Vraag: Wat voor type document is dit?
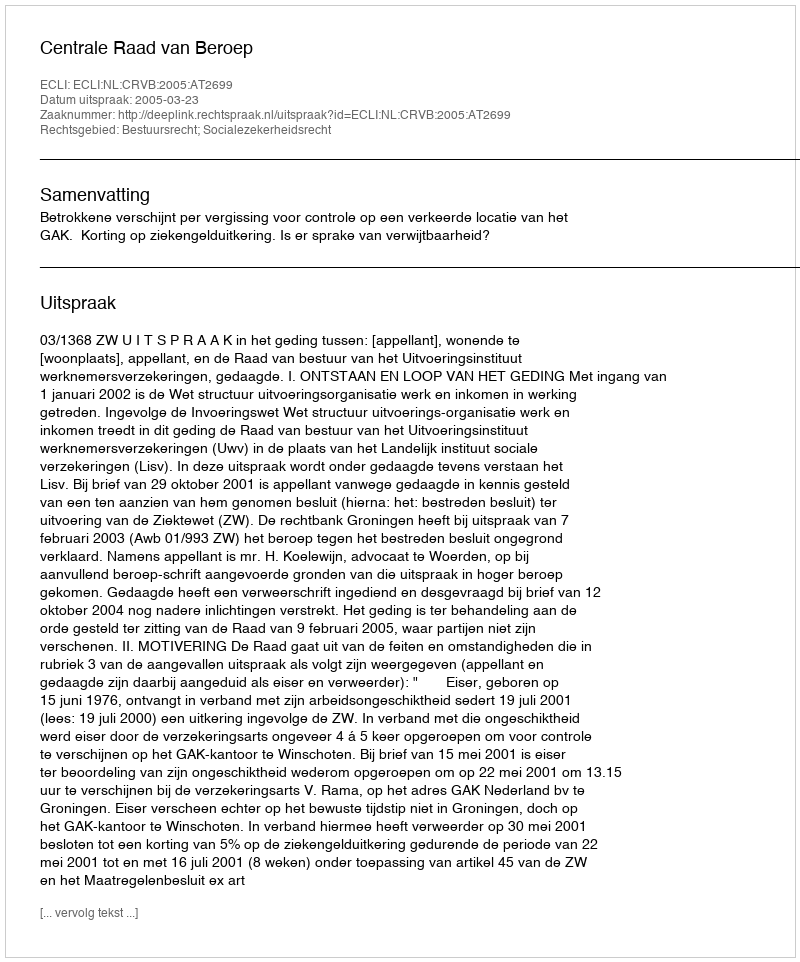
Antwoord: Uitspraak